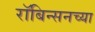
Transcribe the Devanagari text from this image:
रॉबिन्सनच्या